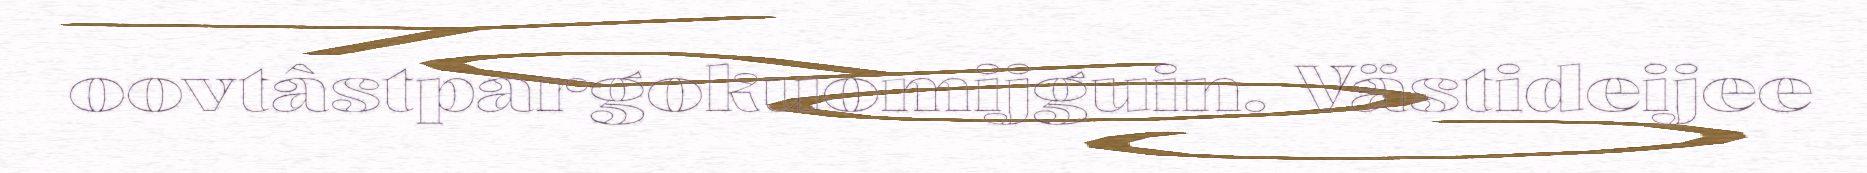
oovtâstpargokuomijguin. Västideijee